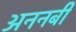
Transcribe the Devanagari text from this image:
अननबी